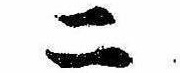
二